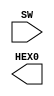
module display(input [0:9]SW, output [0:6]HEX0);

 assign HEX[0]= (~SW[3]&~SW[2]&~SW[1]&SW[0])+(~SW[3]&SW[2]&~SW[1]&~SW[0])+(SW[3]&~SW[2]&SW[1]&SW[0])+(SW[3]&SW[2]&~SW[1]&SW[0]);
 assign HEX[1]=(~SW[3]&SW[2]&~SW[1]&SW[0])+(~SW[3]&SW[2]&SW[1]&~SW[0])+(SW[3]&~SW[2]&SW[1]&SW[0])+(SW[3]&SW[2]&~SW[1]&~SW[0])+(SW[3]&SW[2]&SW[1]&~SW[0])+(SW[3]&SW[2]&SW[1]&SW[0]);
 assign HEX[2]=(~SW[3]&~SW[2]&SW[1]&~SW[0])+(SW[3]&SW[2]&~SW[1]&~SW[0])+(SW[3]&SW[2]&SW[1]&~SW[0])+(SW[3]&SW[2]&SW[1]&SW[0]);
 assign HEX[3]=(~SW[3]&~SW[2]&~SW[1]&SW[0])+(~SW[3]&SW[2]&~SW[1]&~SW[0])+(~SW[3]&SW[2]&SW[1]&SW[0])+(SW[3]&~SW[2]&SW[1]&~SW[0])+(SW[3]&SW[2]&SW[1]&SW[0]);
 assign HEX[4]=(~SW[3]&~SW[2]&~SW[1]&SW[0])+(~SW[3]&~SW[2]&SW[1]&SW[0])+(~SW[3]&SW[2]&~SW[1]&~SW[0])+(~SW[3]&SW[2]&~SW[1]&SW[0])+(~SW[3]&SW[2]&SW[1]&SW[0])+(SW[3]&~SW[2]&~SW[1]&SW[0]);
 assign HEX[5]=(~SW[3]&~SW[2]&~SW[1]&SW[0])+(~SW[3]&~SW[2]&SW[1]&~SW[0])+(~SW[3]&~SW[2]&SW[1]&SW[0])+(~SW[3]&SW[2]&SW[1]&SW[0])+(SW[3]&SW[2]&~SW[1]&SW[0]);
 assign HEX[6]=(~SW[3]&~SW[2]&~SW[1]&SW[0])+(~SW[3]&SW[2]&SW[1]&SW[0])+(SW[3]&SW[2]&~SW[1]&~SW[0])+(~SW[3]&~SW[2]&~SW[1]&~SW[0]);

endmodule